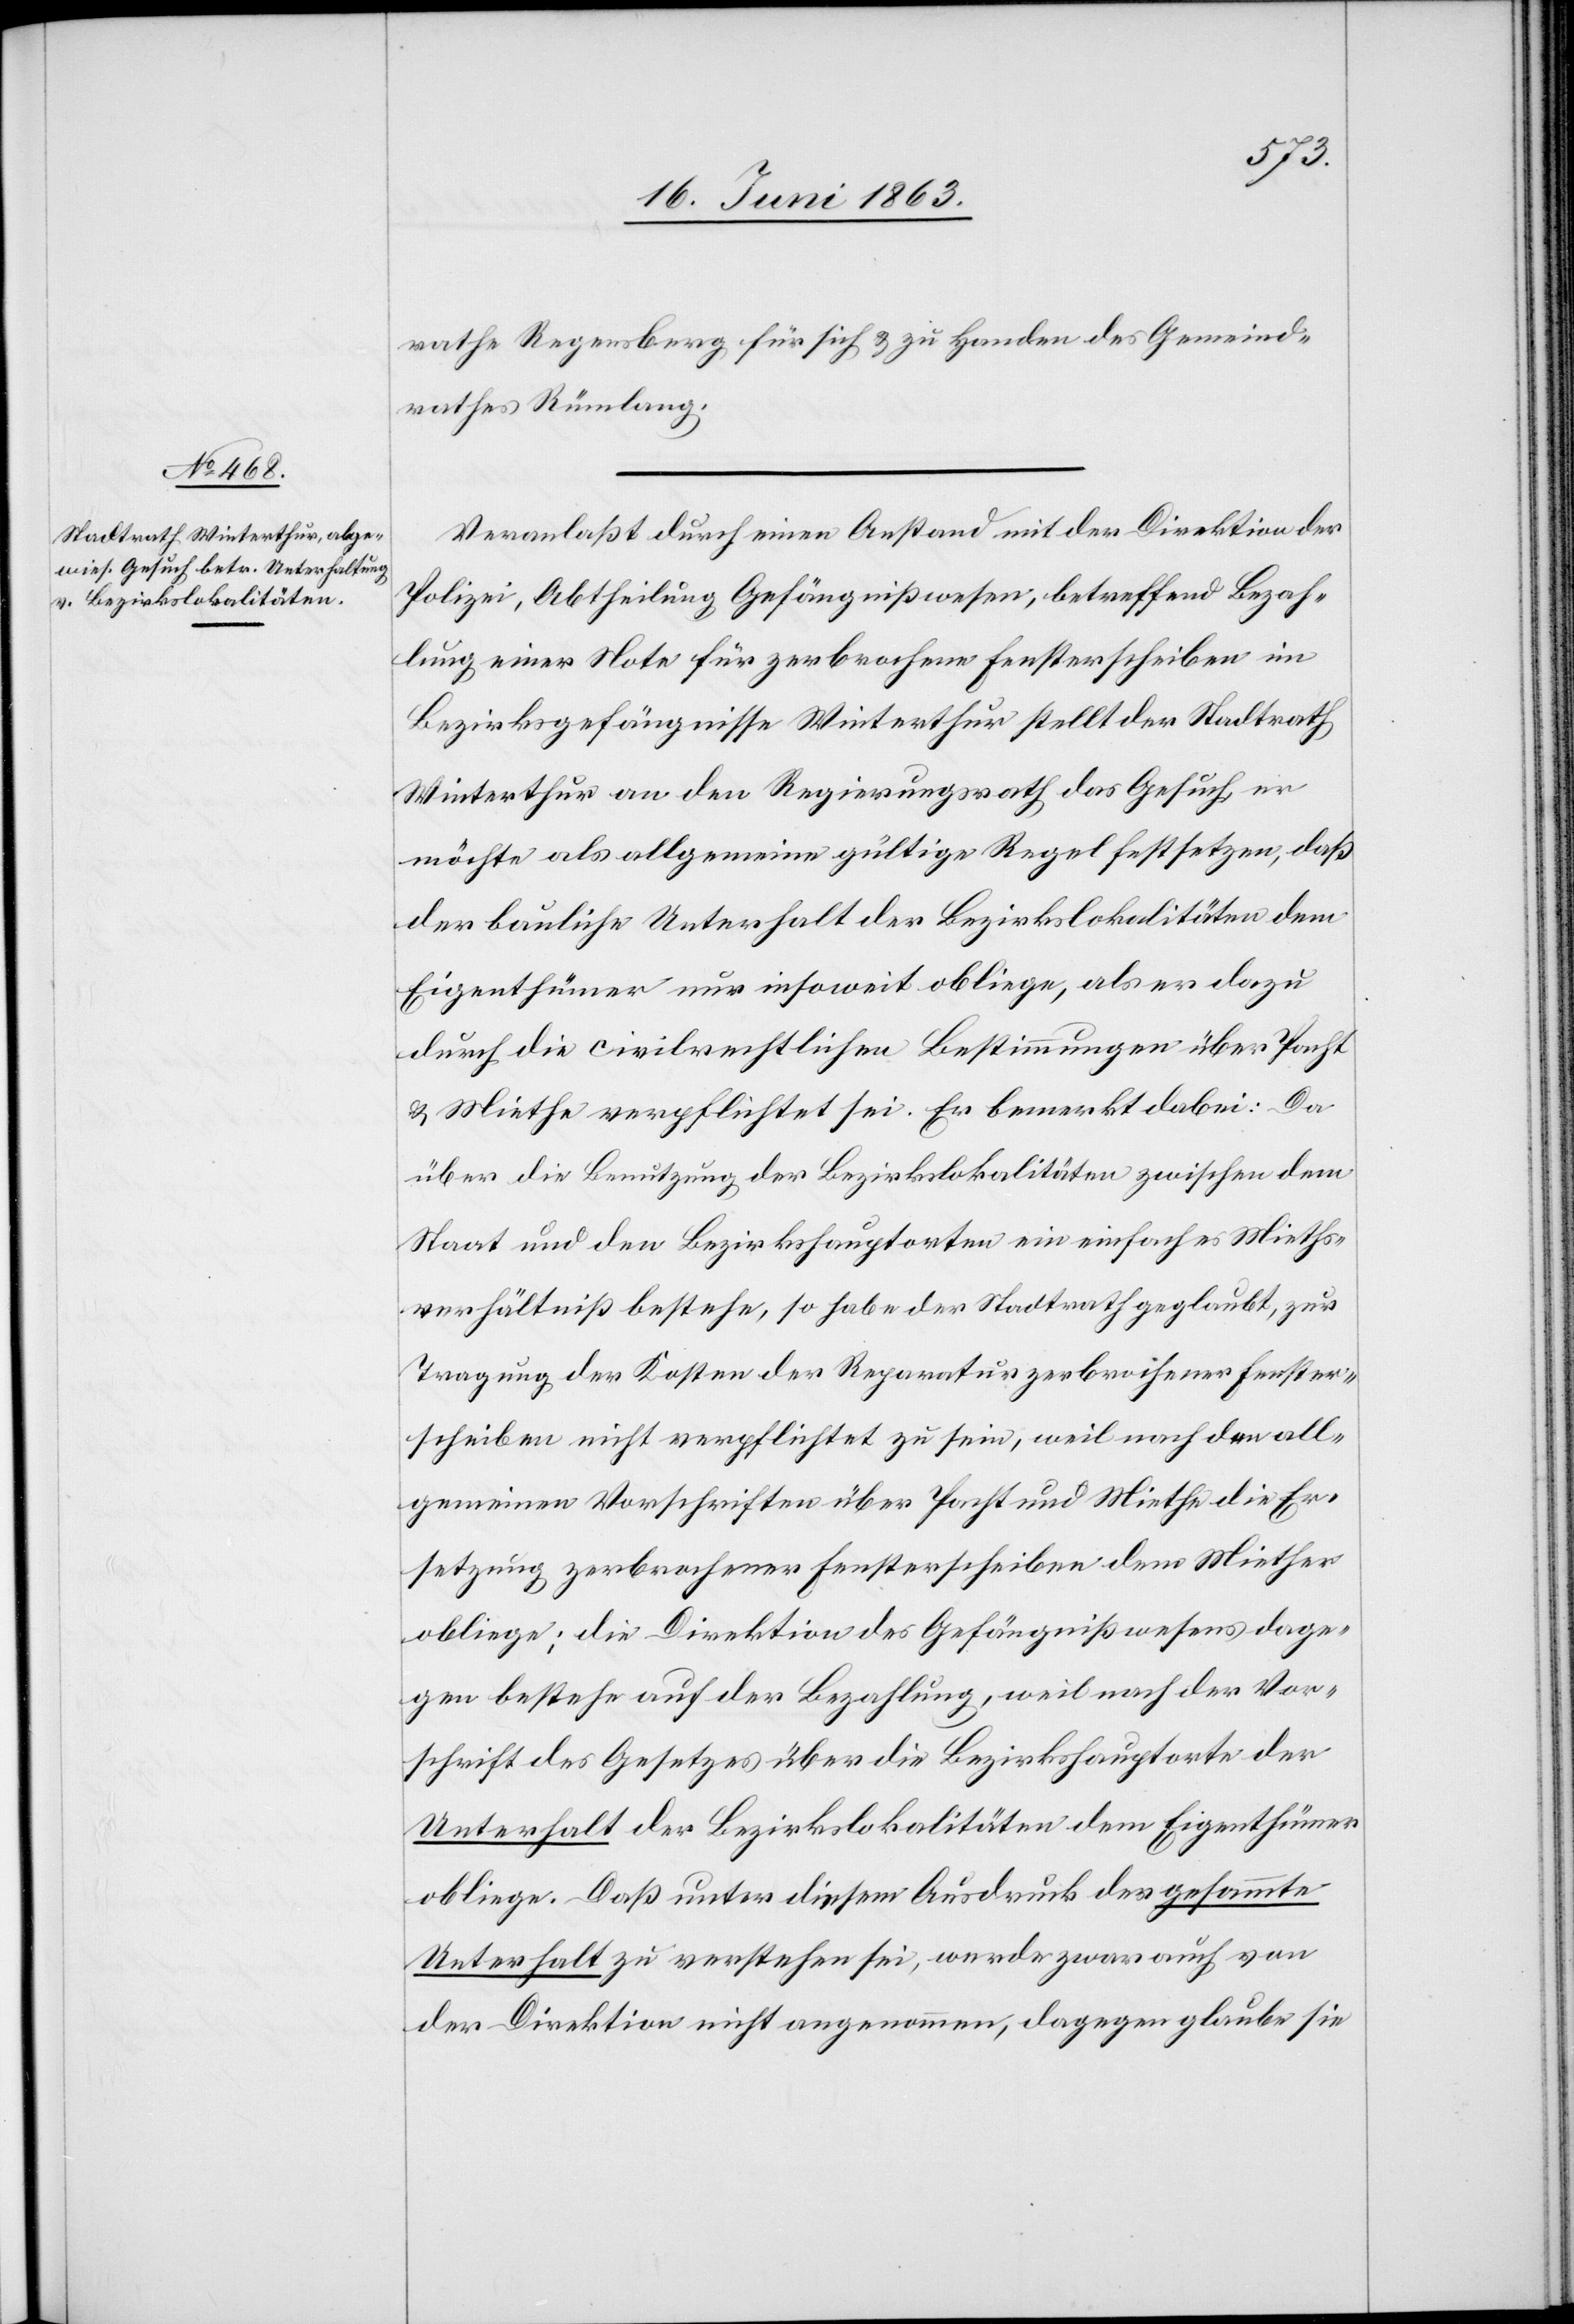
rathe Regensberg für sich & zu Handen des Gemeind¬
rathes Rümlang.
Veranlaßt durch einen Anstand mit der Direktion der
Polizei, Abtheilung Gefängnißwesen, betreffend Bezah¬
lung einer Note für zerbrochene Fensterscheiben im
Bezirksgefängnisse Winterthur stellt der Stadtrath
Winterthur an den Regierungsrath das Gesuch er
möchte als allgemeine gültige Regel festsetzen, daß
der bauliche Unterhalt der Bezirkslokalitäten dem
Eigenthümer nur insoweit obliege, als er dazu
durch die civilrechtlichen Bestimmungen über Pacht
& Miethe verpflichtet sei. Er bemerkt dabei: Da
über die Benutzung der Bezirkslokalitäten zwischen dem
Staat und den Bezirkshauptorten ein einfaches Mieths¬
verhältniß bestehe, so habe der Stadtrath geglaubt, zur
Tragung der Kosten der Reparatur zerbrochener Fenster¬
scheiben nicht verpflichtet zu sein, weil nach den all¬
gemeinen Vorschriften über Pacht und Miethe die Er¬
setzung zerbrochener Fensterscheiben dem Miether
obliege; die Direktion des Gefängnißwesens dage¬
gen bestehe auf der Bezahlung, weil nach der Vor¬
schrift des Gesetzes über die Bezirkshauptorte der
Unterhalt der Bezirkslokalitäten dem Eigenthümer
obliege. Daß unter diesem Ausdruck der gesammte
Unterhalt zu verstehen sei, werde zwar auch von
der Direktion nicht angenommen, dagegen glaube sie